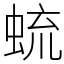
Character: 䖻